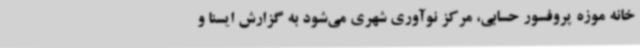
خانه موزه پروفسور حسابی، مرکز نوآوری شهری می‌شود به گزارش ایسنا و